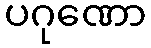
ပဂုဏော